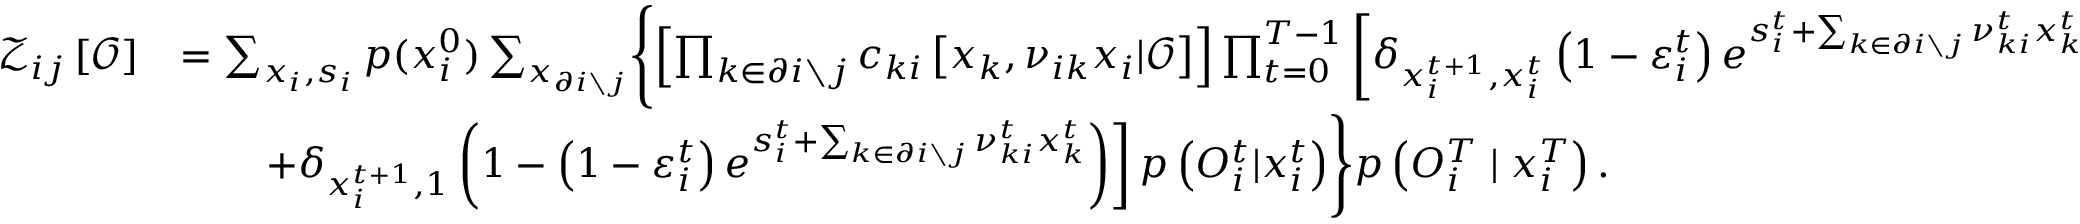
\begin{array} { r l } { \mathcal { Z } _ { i j } \left[ \boldsymbol { \mathcal { O } } \right] } & { = \sum _ { \boldsymbol { x } _ { i } , \boldsymbol { s } _ { i } } p ( x _ { i } ^ { 0 } ) \sum _ { \boldsymbol { x } _ { \partial i \setminus j } } \Biggl \{ \left[ \prod _ { k \in \partial i \setminus j } c _ { k i } \left[ \boldsymbol { x } _ { k } , \boldsymbol { \nu } _ { i k } \boldsymbol { x } _ { i } | \boldsymbol { \mathcal { O } } \right] \right] \prod _ { t = 0 } ^ { T - 1 } \left[ \delta _ { x _ { i } ^ { t + 1 } , x _ { i } ^ { t } } \left( 1 - \varepsilon _ { i } ^ { t } \right) e ^ { s _ { i } ^ { t } + \sum _ { k \in \partial i \setminus j } \nu _ { k i } ^ { t } x _ { k } ^ { t } } \right. } \\ & { \qquad \left. + \delta _ { x _ { i } ^ { t + 1 } , 1 } \left( 1 - \left( 1 - \varepsilon _ { i } ^ { t } \right) e ^ { s _ { i } ^ { t } + \sum _ { k \in \partial i \setminus j } \nu _ { k i } ^ { t } x _ { k } ^ { t } } \right) \right] p \left( { O } _ { i } ^ { t } | x _ { i } ^ { t } \right) \Biggr \} p \left( { O } _ { i } ^ { T } \mid x _ { i } ^ { T } \right) . } \end{array}